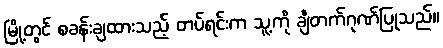
မြို့တွင် စခန်းချထားသည့် တပ်ရင်းက သူ့ကို ချီတက်ဂုဏ်ပြုသည်။